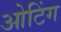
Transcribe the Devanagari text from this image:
ओटिंग